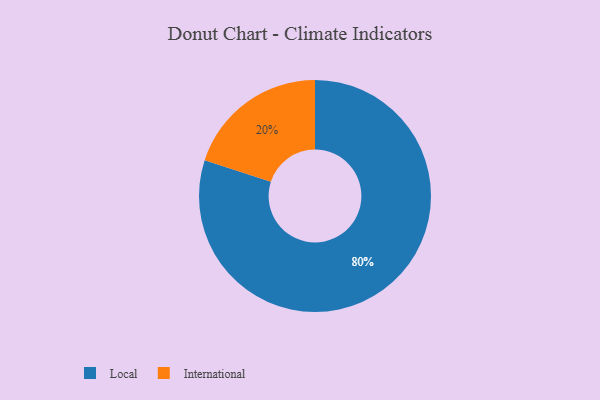
{"axis": {"x": "Category", "y": "Percentage"}, "legend": ["International", "Local"], "data": [{"x": "International", "y": 20, "type": "International"}, {"x": "Local", "y": 80, "type": "Local"}]}